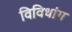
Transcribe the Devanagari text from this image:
विविधांग